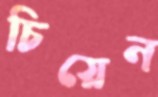
চিয়েন